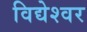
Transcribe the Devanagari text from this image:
विद्येश्वर